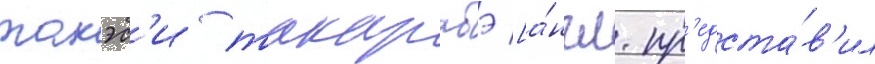
такэс'и такарабэ [а́нгл. пр'едста́в'ил